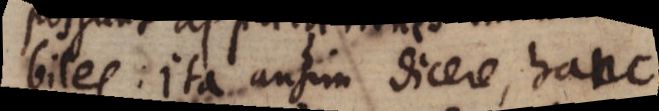
biles; ita ausim dicere, hanc